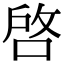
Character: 啓